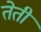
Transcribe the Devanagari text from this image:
तेती